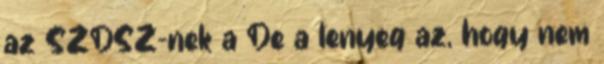
az SZDSZ-nek a De a lenyeg az, hogy nem